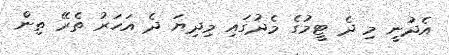
އެދުނީ މި ދެ ޓީމުގެ މެދުގައި މިދިޔަ ދެ އަހަރު ތެރޭ ތިން